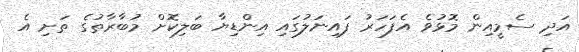
އަދި ސެމީއިން މޮޅުވެ އެފަހަރު ފައިނަލުގައި އިންޑިޔާ ބަލިކޮށް މުބާރާތުގެ ތަށި އެ